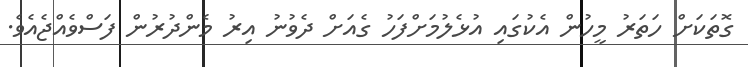
ގޮތަކަށް ހަތަރު މީހުން އެކުގައި އުޅެލުމަށްފަހު ގެއަށް ދެވުނު އިރު މެންދުރުން ފަސްވެއްޖެއެވެ.